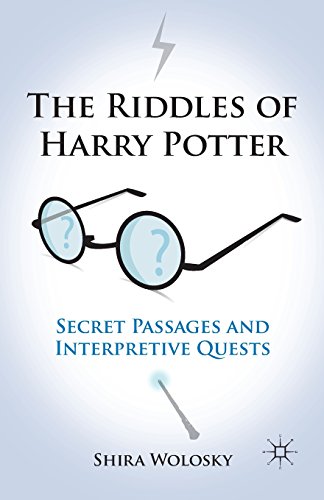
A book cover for The Riddles of Harry Potter: Secret Passages and Interpretive Quests; Shira Wolosky; Mystery, Thriller & Suspense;